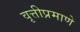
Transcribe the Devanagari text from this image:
वृत्तीप्रमाणे